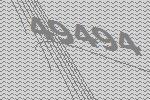
49494